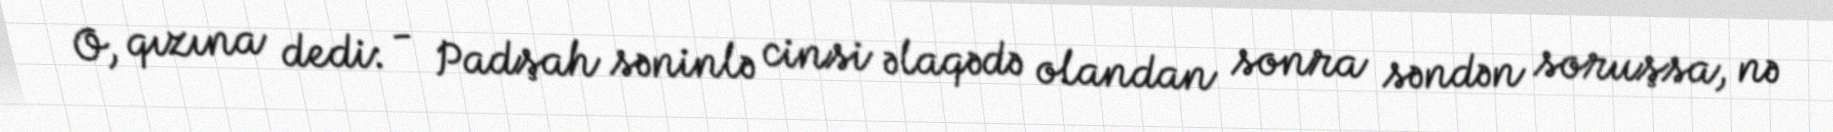
O, qızına dedi: - Padşah səninlə cinsi əlaqədə olandan sonra səndən soruşsa, nə